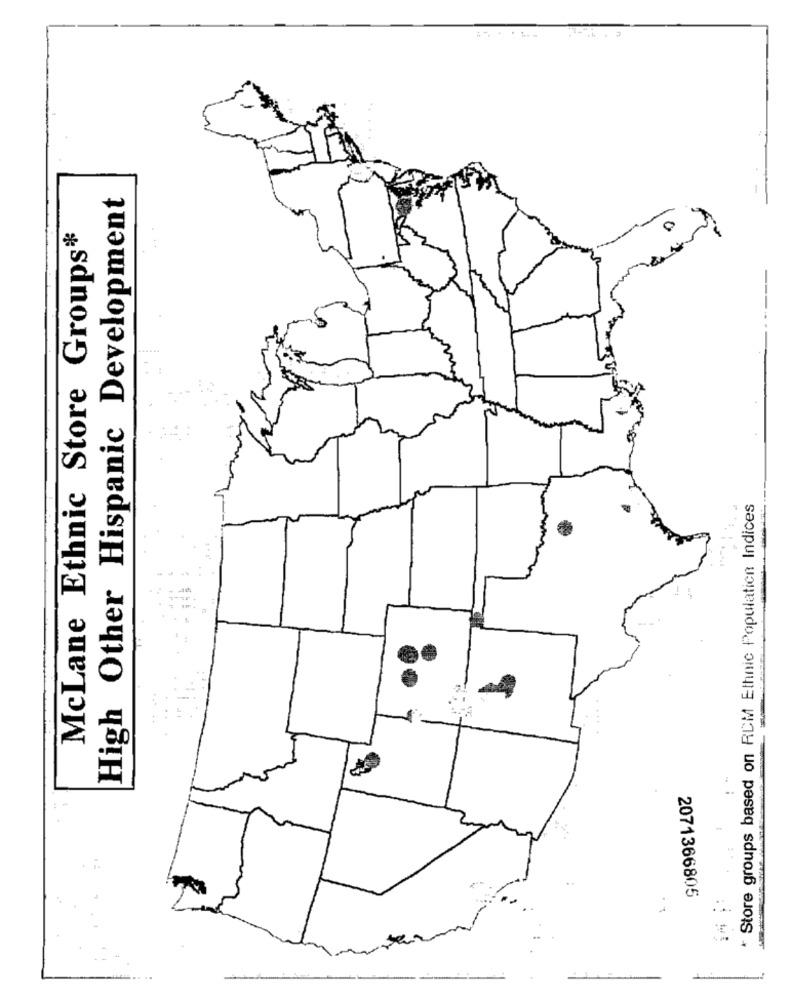
High Other Hispanic Development
McLane Ethnic Store Groups*
Store groups based on RCM Ethnic Population Indices
2071366805
..